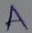
Text: A